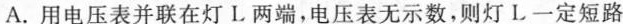
A.用电压表并联在灯L两端，电压表无示数，则灯L一定短路